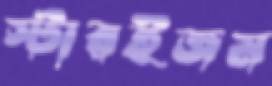
স্টারইজম